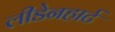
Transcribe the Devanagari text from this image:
लीडेनहार्ट